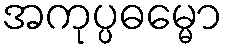
အကုပ္ပဓမ္မော